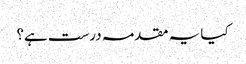
کیا یہ مقدمہ درست ہے؟